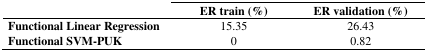
<table><thead><tr><td></td><td><b>ER train (%)</b></td><td><b>ER validation (%)</b></td></tr></thead><tbody><tr><td><b>Functional Linear Regression</b></td><td>15.35</td><td>26.43</td></tr><tr><td><b>Functional SVM-PUK</b></td><td>0</td><td>0.82</td></tr></tbody></table>